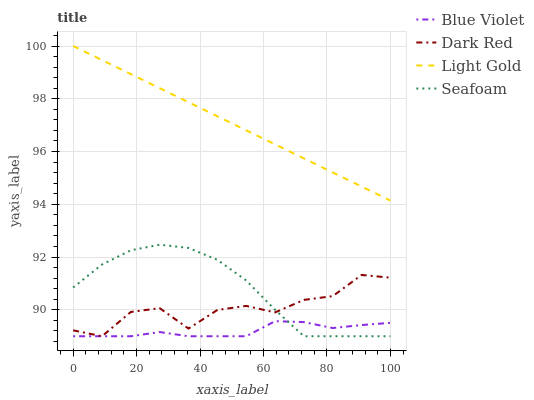
| xaxis_label | Blue Violet | Dark Red | Light Gold | Seafoam |
 | --- | --- | --- | --- | --- |
 | 0 | 89 | 89.2 | 100 | 90.8 |
 | 9.09 | 89 | 89 | 99.5 | 91.7 |
 | 18.2 | 89 | 89.9 | 98.9 | 92.3 |
 | 27.3 | 89.2 | 90.1 | 98.4 | 92.5 |
 | 36.4 | 89 | 89.3 | 97.9 | 92.3 |
 | 45.5 | 89 | 90 | 97.3 | 91.9 |
 | 54.5 | 89 | 90.1 | 96.8 | 91.1 |
 | 63.6 | 89.6 | 89.9 | 96.3 | 90 |
 | 72.7 | 89.5 | 90.4 | 95.7 | 89 |
 | 81.8 | 89.3 | 90.5 | 95.2 | 89 |
 | 90.9 | 89.4 | 91.3 | 94.7 | 89 |
 | 100 | 89.5 | 91.2 | 94.1 | 89 |